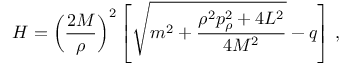
H = \left( \frac { 2 M } { \rho } \right) ^ { 2 } \left[ \sqrt { m ^ { 2 } + \frac { \rho ^ { 2 } p _ { \rho } ^ { 2 } + 4 L ^ { 2 } } { 4 M ^ { 2 } } } - q \right] \, ,